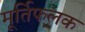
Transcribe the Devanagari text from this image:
मूर्तिफलक